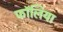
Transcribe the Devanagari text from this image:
फॉलिया